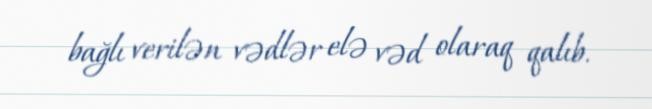
bağlı verilən vədlər elə vəd olaraq qalıb.